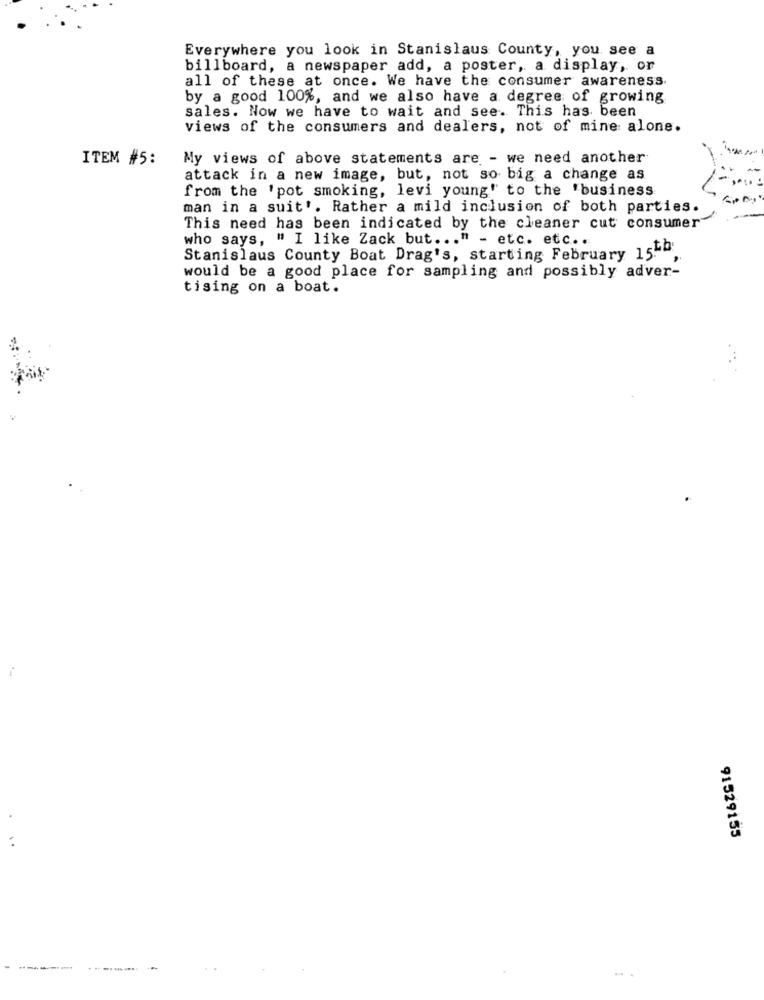
Everywhere you look in Stanislaus County, you see a
billboard, a newspaper add, a poster, a display, or
all of these at once. We have the consumer awareness
by a good 100%, and we also have a degree of growing
sales. Now we have to wait and see. This has been
views of the consumers and dealers, not of mine alone.
ITEM #5:
My views of above statements are - we need another
attack in a new image, but, not so big a change as
from the 'pot smoking, levi young" to the 'business
man in a suit'. Rather a mild inclusion of both parties.
This need has been indicated by the cleaner cut consumer
who says, " I like Zack but ... " - etc. etc ..
Stanislaus County Boat Drag's, starting February 1550
would be a good place for sampling and possibly adver-
tising on a boat.
91529155
---